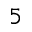
_ 5